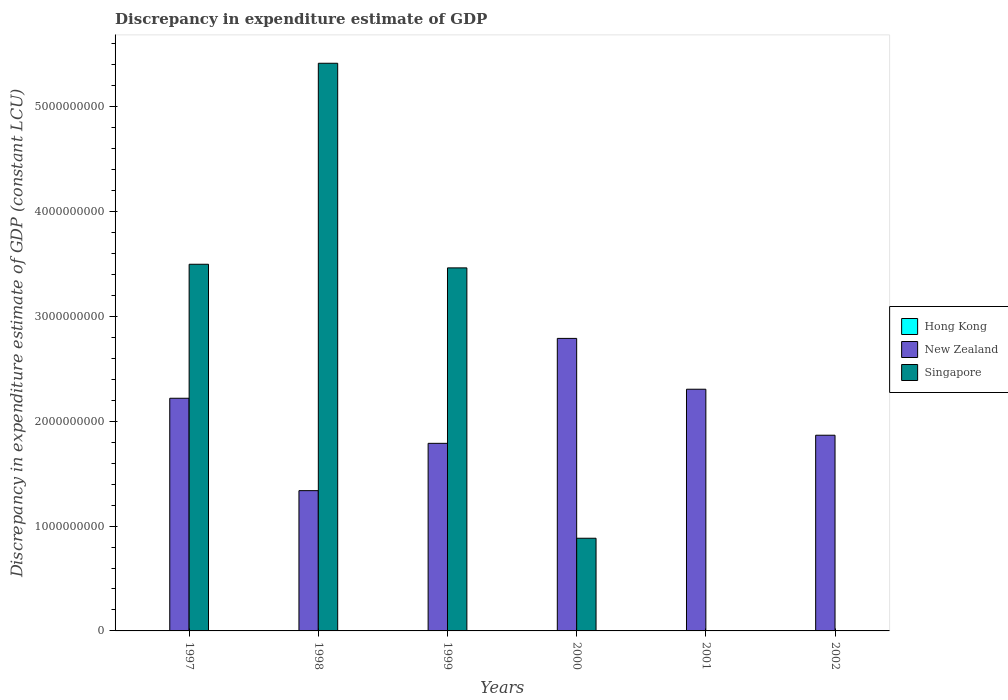
| Years | Hong Kong | New Zealand | Singapore |
 | --- | --- | --- | --- |
 | 1997 | -1.12e+10 | 2.22e+09 | 3.5e+09 |
 | 1998 | -4.25e+09 | 1.34e+09 | 5.41e+09 |
 | 1999 | -2.59e+10 | 1.79e+09 | 3.46e+09 |
 | 2000 | -2.6e+10 | 2.79e+09 | 8.84e+08 |
 | 2001 | -2.31e+10 | 2.3e+09 | -1.15e+09 |
 | 2002 | -2.43e+10 | 1.87e+09 | -2.87e+09 |